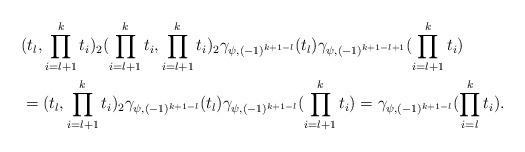
LaTeX: \begin{align*}&(t_l,\prod_{i=l+1}^kt_i)_2(\prod_{i=l+1}^kt_i,\prod_{i=l+1}^kt_i)_2\gamma_{\psi,(-1)^{k+1-l}}(t_l)\gamma_{\psi,(-1)^{k+1-l+1}}(\prod_{i=l+1}^kt_i)\\&=(t_l,\prod_{i=l+1}^kt_i)_2\gamma_{\psi,(-1)^{k+1-l}}(t_l)\gamma_{\psi,(-1)^{k+1-l}}(\prod_{i=l+1}^kt_i)=\gamma_{\psi,(-1)^{k+1-l}}(\prod_{i=l}^kt_i).\end{align*}